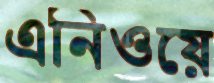
এনিওয়ে